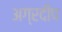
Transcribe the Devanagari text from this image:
अग्रदीप